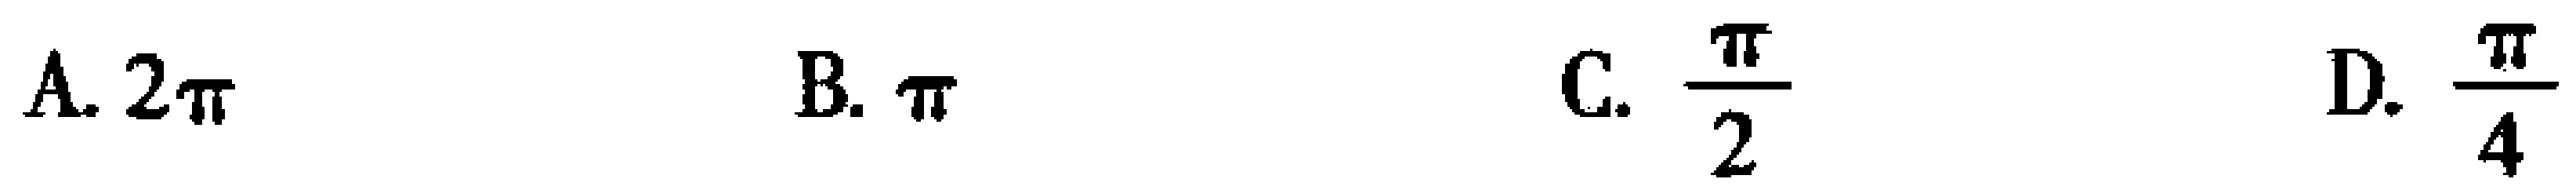
A. \(2\pi\)  B. \(\pi\)  C. \(\frac{\pi}{2}\)  D. \(\frac{\pi}{4}\)